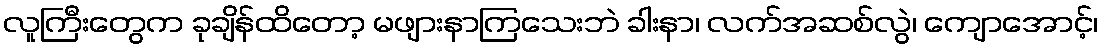
လူကြီးတွေက ခုချိန်ထိတော့ မဖျားနာကြသေးဘဲ ခါးနာ၊ လက်အဆစ်လွဲ၊ ကျောအောင့်၊